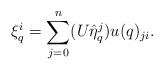
\begin{align*}\xi_q^i=\sum_{j=0}^n(U\hat{\eta}_q^j)u(q)_{ji}.\end{align*}